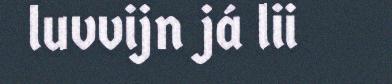
luvvijn já lii